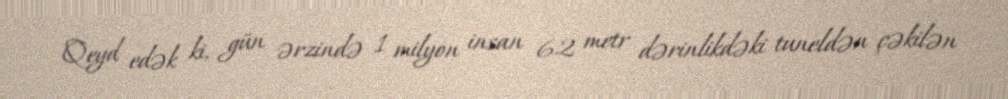
Qeyd edək ki, gün ərzində 1 milyon insan 62 metr dərinlikdəki tuneldən çəkilən